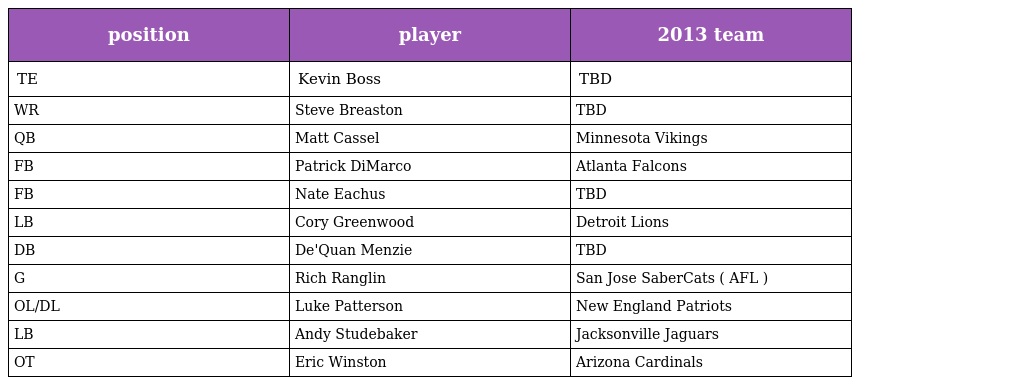
| position | player | 2013 team |
 | --- | --- | --- |
 | TE | Kevin Boss | TBD |
 | WR | Steve Breaston | TBD |
 | QB | Matt Cassel | Minnesota Vikings |
 | FB | Patrick DiMarco | Atlanta Falcons |
 | FB | Nate Eachus | TBD |
 | LB | Cory Greenwood | Detroit Lions |
 | DB | De'Quan Menzie | TBD |
 | G | Rich Ranglin | San Jose SaberCats ( AFL ) |
 | OL/DL | Luke Patterson | New England Patriots |
 | LB | Andy Studebaker | Jacksonville Jaguars |
 | OT | Eric Winston | Arizona Cardinals |